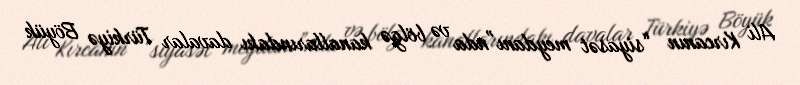
Ali Kırcanın “siyasət meydanı”nda və bölgə kanallarındakı davalar Türkiyə Böyük